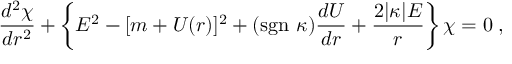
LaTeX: \frac { d ^ { 2 } \chi } { d r ^ { 2 } } + \left\{ E ^ { 2 } - [ m + U ( r ) ] ^ { 2 } + ( \mathrm { s g n } ~ \kappa ) \frac { d U } { d r } + \frac { 2 | \kappa | E } { r } \right\} \chi = 0 \; ,